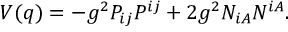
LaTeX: V ( q ) = - g ^ { 2 } P _ { i j } P ^ { i j } + 2 g ^ { 2 } N _ { i A } N ^ { i A } .